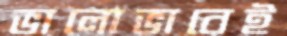
ভালোভাবেই